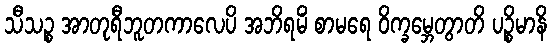
သီသဉ္စ အာတုရီဘူတကာလေပိ အဘိရမိံ စာမရေ ဝိက္ခမ္ဘေတွာတိ ပဉ္စိမာနိ